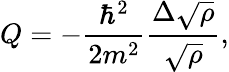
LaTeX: Q=-\frac{\hbar^{2}}{2m^{2}}\frac{\Delta\sqrt{\rho}}{\sqrt{\rho}},